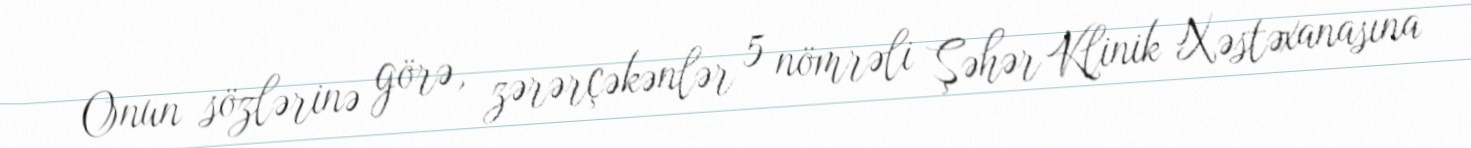
Onun sözlərinə görə, zərərçəkənlər 5 nömrəli Şəhər Klinik Xəstəxanasına